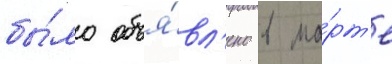
бы́ло объя́вл'ено в ма́рт'е